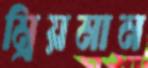
ম্রিয়মান